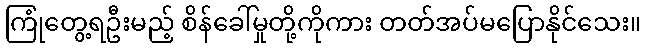
ကြုံတွေ့ရဦးမည့် စိန်ခေါ်မှုတို့ကိုကား တတ်အပ်မပြောနိုင်သေး။